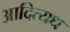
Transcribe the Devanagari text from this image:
आदित्यध